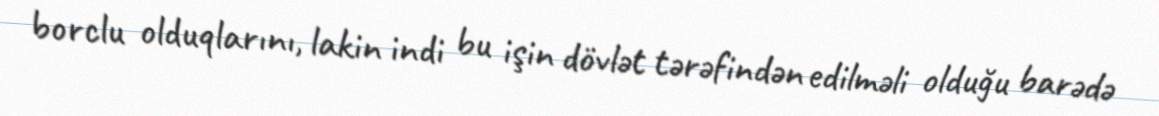
borclu olduqlarını, lakin indi bu işin dövlət tərəfindən edilməli olduğu barədə